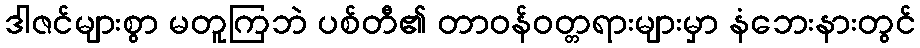
ဒါဇင်များစွာ မတူကြဘဲ ပစ်တီ၏ တာဝန်ဝတ္တရားများမှာ နံဘေးနားတွင်